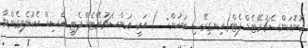
މޮނޮއަންސެޗުރޭޓެޑް ފެޓް(އިނގިރޭސި ބަހުން:  ) އަކީ އަންސެޗުރޭޓެޑް ފެޓީ އެސިޑް އެކުލެވިގެންވާ